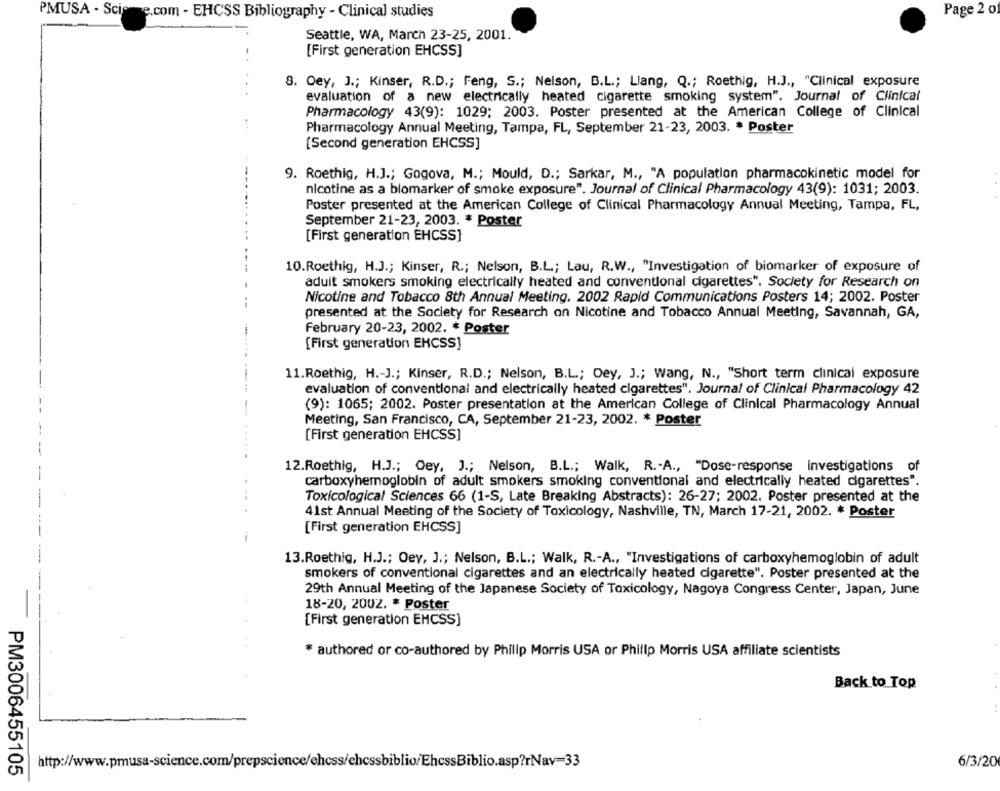
PMUSA - Science.com - EHCSS Bibliography - Clinical studies
Page 2 of
Seattle, WA, March 23-25, 2001.
[First generation EHCSS]
8. Oey, J .; Kinser, R.D .; Feng, S .; Nelson, B.L .; Liang, Q .; Roethig, H.J ., "Clinical exposure
evaluation of a new electrically heated cigarette smoking system". Journal of Clinical
Pharmacology 43(9): 1029; 2003. Poster presented at the American College of Clinical
Pharmacology Annual Meeting, Tampa, FL, September 21-23, 2003. * Poster
[Second generation EHCSS]
9. Roethig, H.J .; Gogova, M .; Mould, D .; Sarkar, M ., "A population pharmacokinetic model for
nicotine as a blomarker of smoke exposure". Journal of Clinical Pharmacology 43(9): 1031; 2003.
Poster presented at the American College of Clinical Pharmacology Annual Meeting, Tampa, FL,
September 21-23, 2003. * Poster
[First generation EHCSS]
10.Roethig, H.J .; Kinser, R .; Nelson, B.L .; Lau, R.W ., "Investigation of biomarker of exposure of
aduit smokers smoking electrically heated and conventional cigarettes". Society for Research on
Nicotine and Tobacco 8th Annual Meeting. 2002 Rapid Communications Posters 14; 2002. Poster
presented at the Society for Research on Nicotine and Tobacco Annual Meeting, Savannah, GA,
February 20-23, 2002. * Poster
[First generation EHCSS]
11.Roethig, H .- J .; Kinser, R.D .; Nelson, B.L .; Oey, J .; Wang, N ., "Short term clinical exposure
evaluation of conventional and electrically heated cigarettes". Journal of Clinical Pharmacology 42
(9): 1065; 2002. Poster presentation at the American College of Clinical Pharmacology Annual
Meeting, San Francisco, CA, September 21-23, 2002. * Poster
[First generation EHCSS]
12.Roethig, H.J .; Oey, J .; Nelson, B.L .; Walk, R .- A ., "Dose-response investigations of
carboxyhemoglobin of adult smokers smoking conventional and electrically heated cigarettes".
---
Toxicological Sciences 66 (1-S, Late Breaking Abstracts): 26-27; 2002. Poster presented at the
41st Annual Meeting of the Society of Toxicology, Nashville, TN, March 17-21, 2002. * Poster
[First generation EHCSS]
i
13.Roethig, H.J .; Oev, J .; Nelson, B.L .; Walk, R .- A ., "Investigations of carboxyhemoglobin of adult
smokers of conventional cigarettes and an electrically heated cigarette". Poster presented at the
29th Annual Meeting of the Japanese Society of Toxicology, Nagoya Congress Center, Japan, June
18-20, 2002. * Poster
[First generation EHCSS]
* authored or co-authored by Philip Morris USA or Phillip Morris USA affiliate scientists
Back to Top
http://www.pmusa-science.com/prepscience/chcss/chcssbiblio/EhcssBiblio.asp?rNav=33
6/3/20
PM3006455105